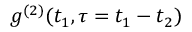
g ^ { ( 2 ) } ( t _ { 1 } , \tau = t _ { 1 } - t _ { 2 } )